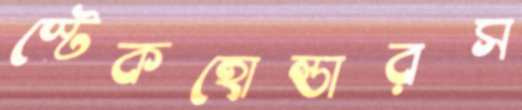
স্টেকহোল্ডারস